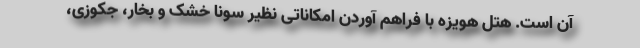
آن است. هتل هویزه با فراهم آوردن امکاناتی نظیر سونا خشک و بخار، جکوزی،